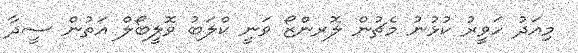
މިއަދު ހަވީރު ކުޅުނު މެޗުން ލޮރންޒޯ ވަނީ ކްލަބު ވޮލީބޯލް އަތުން ސީދާ